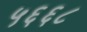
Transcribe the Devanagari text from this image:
५६६८